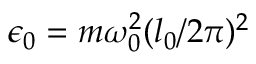
\epsilon _ { 0 } = m \omega _ { 0 } ^ { 2 } ( l _ { 0 } / 2 \pi ) ^ { 2 }